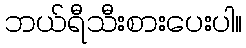
ဘယ်ရီသီးစားပေးပါ။